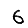
Digit: 6